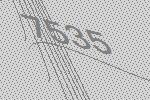
7535